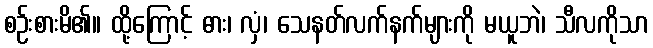
စဉ်းစားမိ၏။ ထို့ကြောင့် ဓား၊ လှံ၊ သေနတ်လက်နက်များကို မယူဘဲ၊ သီလကိုသာ